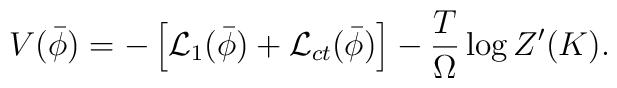
V(\bar{\phi})=-     \left[{\cal L}_{1}(\bar{\phi})+{\cal L}_{ct}(\bar{\phi})     \right]-\frac{T}{\Omega}\log Z'(K).